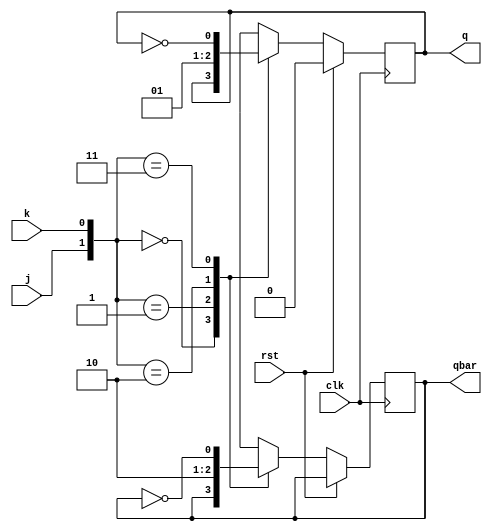
//behavioral level
module jk_ff (q,qbar,j,k,rst,clk);

output q,qbar;
input j,k,rst,clk;

// output port data type
reg q, qbar;

always @(posedge clk) 
	begin
	$monitor ($time, ": when rst is =%b and clk is =%b -- j is =%b and k is =%b and q is =%b",rst, clk, j,k,q);
		
	if (rst == 1'b1) begin
		q =  1'b0;
	end	
	
	else
		case({j,k}) 	
			
			2'b00: begin
				q <=  q;
				qbar <=  qbar;
			end
			
			2'b01: begin	
				q <=  0;
				qbar <=  1;
			end
	
			2'b10: begin
				q <=  1;
				qbar <=  0;
			end

			2'b11: begin
				q <=  ~q;
				qbar <=  ~qbar;
			end
			default:
				q = 0;
			
		endcase
	end
	
endmodule

module jk_ff_tb();

wire q,qbar;
reg j,k,rst,clk;


jk_ff bl (.q(q), .qbar(qbar), .clk(clk), .rst(rst), .j(j), .k(k));

initial 
	begin
		
		rst = 1'b1;
		clk = 1'b1;
		{j,k} = 01;
		#5 rst = 0;
		
		//#5 j = 1; k = 0;
		#5 j = 0; k = 0;
		#5 j = 1; k = 0;
		#5 j = 0; k = 0;
		#5 j = 1; k = 1;
		#5 j = 0; k = 0;
	end


always 
	begin
		#2 clk = ~clk;
end


endmodule